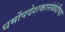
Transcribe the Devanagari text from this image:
धर्मोपदेशकासंबंधीचा